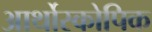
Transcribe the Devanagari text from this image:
आर्थोस्कोपिक